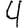
Digit: 4